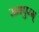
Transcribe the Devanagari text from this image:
रामपुरम्